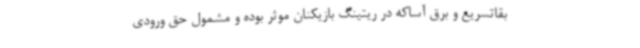
بقاتسریع و برق آساکه در ریتینگ بازیکنان موثر بوده و مشمول حق ورودی